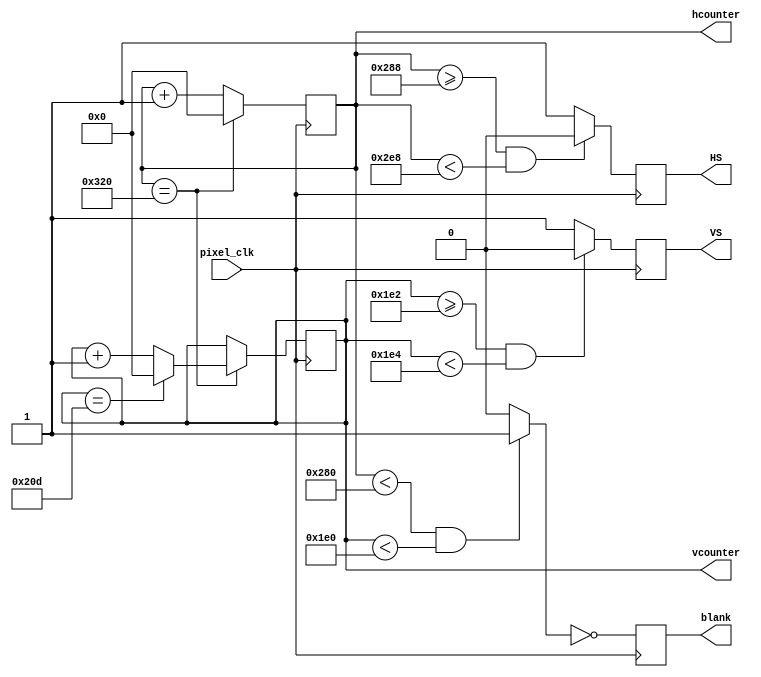
`timescale 1ns / 1ps
module vga_controller (pixel_clk,HS,VS,hcounter,vcounter,blank);

	input pixel_clk;
	output reg HS, VS;
	output reg blank;
	output reg [10:0] hcounter, vcounter;

	parameter HMAX = 800;
	parameter VMAX = 525;
	parameter HLINES = 640;
	parameter HFP = 648;
	parameter HSP = 744;
	parameter VLINES = 480;
	parameter VFP = 482;
	parameter VSP = 484;
	parameter SPP = 0;

	wire video_enable;
	
	always@(posedge pixel_clk)begin
		blank <= ~video_enable; 
	end
	
	always@(posedge pixel_clk)begin
		if(hcounter == HMAX) hcounter <= 0;
		else hcounter <= hcounter + 1'b1;
	end
	
	always@(posedge pixel_clk)begin
		if(hcounter == HMAX) begin
			if(vcounter == VMAX) vcounter <= 0;
			else vcounter <= vcounter + 1'b1; 
		end
	end
	
	always@(posedge pixel_clk)begin
		if(hcounter >= HFP && hcounter < HSP) HS <= SPP;
		else HS <= ~SPP; 
	end

	always@(posedge pixel_clk)begin
		if(vcounter >= VFP && vcounter < VSP) VS <= SPP;
		else VS <= ~SPP; 
	end
	
	assign video_enable = (hcounter < HLINES && vcounter < VLINES) ? 1'b1 : 1'b0;
endmodule